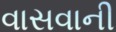
વાસવાની